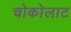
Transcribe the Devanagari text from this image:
चोकोलाट